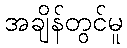
အချိန်တွင်မူ